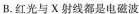
B.红光与X射线都是电磁波